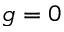
g = 0